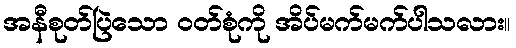
အနီစုတ်ပြဲသော ၀တ်စုံကို အိပ်မက်မက်ပါသလား။